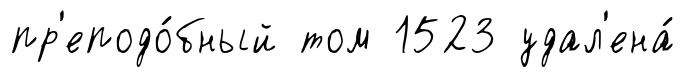
пр'еподо́бный том 1523 удал'ена́